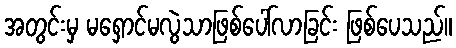
အတွင်းမှ မရှောင်မလွဲသာဖြစ်ပေါ်လာခြင်း ဖြစ်ပေသည်။